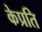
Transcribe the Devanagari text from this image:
केप्रति